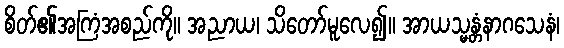
စိတ်၏အကြံအစည်ကို။ အညာယ၊ သိတော်မူလေ၍။ အာယသ္မန္တံနာဂသေနံ၊